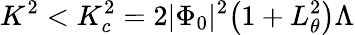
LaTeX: K^{2}<K_{c}^{2}=2|\Phi_{0}|^{2}\big(1+L_{\theta}^{2}\big)\Lambda